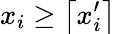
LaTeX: x_{i}\geq\left\lceil x_{i}^{\prime}\right\rceil